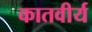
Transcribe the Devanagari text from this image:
कातवीर्य